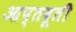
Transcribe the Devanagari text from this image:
आप्तदूती